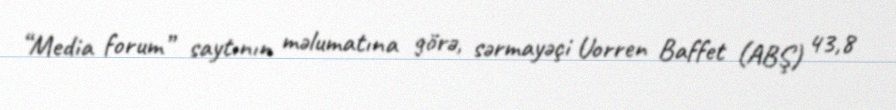
“Media forum” saytının məlumatına görə, sərmayəçi Uorren Baffet (ABŞ) 43,8